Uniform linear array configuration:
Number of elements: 64
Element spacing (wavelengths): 0.75
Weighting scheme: blackman
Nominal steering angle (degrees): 60
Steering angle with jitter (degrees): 59.751
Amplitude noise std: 0.05
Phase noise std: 0.05

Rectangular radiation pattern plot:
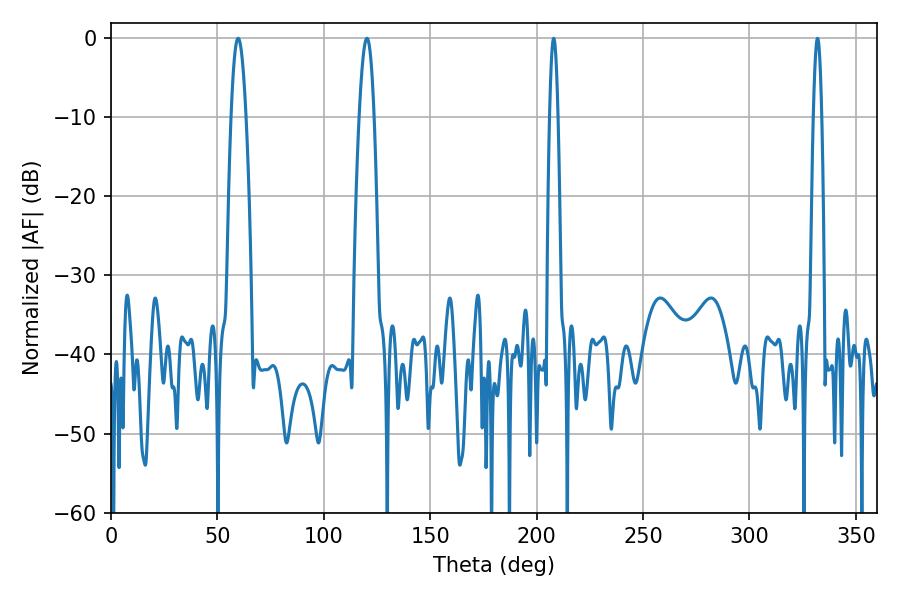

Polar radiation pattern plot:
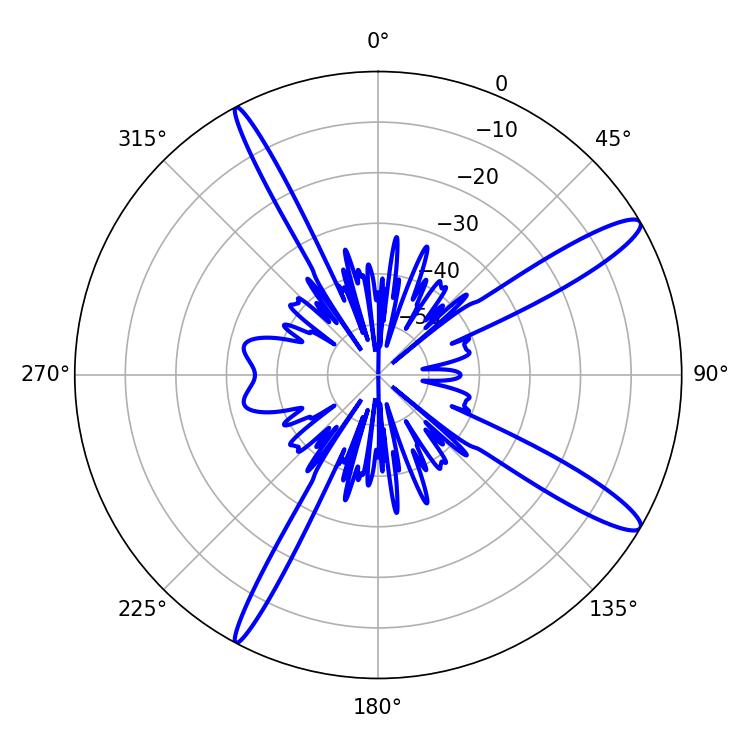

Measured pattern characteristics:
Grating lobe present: TRUE
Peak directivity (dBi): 13.617
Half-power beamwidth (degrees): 3.78
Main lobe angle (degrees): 59.76